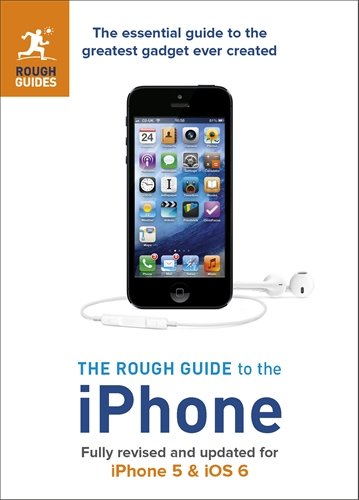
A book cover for The Rough Guide to the iPhone (5th); Peter Buckley; Computers & Technology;